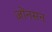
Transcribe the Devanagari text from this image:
ज़ोंनसन